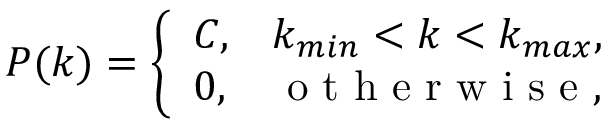
P ( k ) = \left\{ \begin{array} { l l } { C , } & { k _ { m i n } < k < k _ { m a x } , } \\ { 0 , } & { \textrm { o t h e r w i s e } , } \end{array} \right.